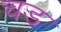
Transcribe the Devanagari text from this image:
चड